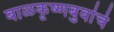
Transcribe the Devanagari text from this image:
बाळकृष्णबुवांचे